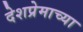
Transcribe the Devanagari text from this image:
देशप्रेमाच्या